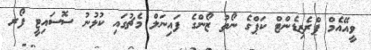
ވީއޭއެމް ޕްރެޒިޑެންޓް ކަޕްގެ ނޯތު ޒޯންގެ ފައިނަލް މެޗުގައި ކުޅުނު ސޮސައިޓީ ފޯރ